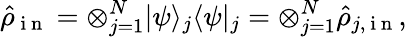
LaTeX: \hat{\rho}_{\mathrm{~i~n~}}=\otimes_{j=1}^{N}\vert\psi\rangle_{j}\langle\psi\vert_{j}=\otimes_{j=1}^{N}\hat{\rho}_{j,\mathrm{~i~n~}},